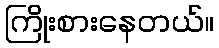
ကြိုးစားနေတယ်။